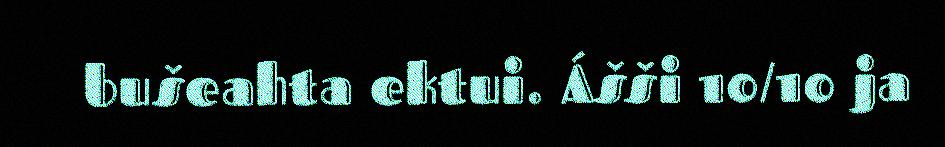
bušeahta ektui. Ášši 10/10 ja